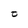
Character: t